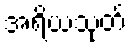
အရိယသုတ်